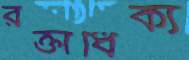
রক্তাধিক্য